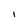
Character: l